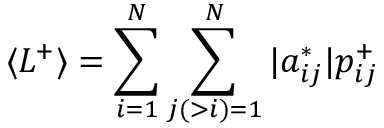
\langle L ^ { + } \rangle = \sum _ { i = 1 } ^ { N } \sum _ { j ( > i ) = 1 } ^ { N } | a _ { i j } ^ { * } | p _ { i j } ^ { + }